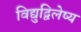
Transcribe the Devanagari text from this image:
विद्युद्विलेष्य